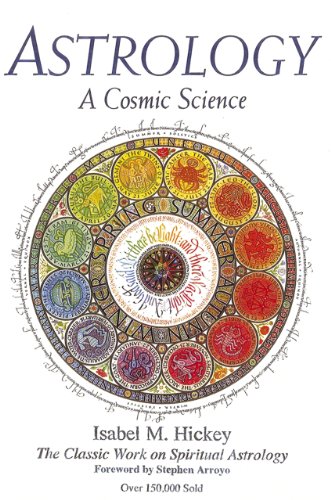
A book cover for Astrology, A Cosmic Science: The Classic Work on Spiritual Astrology; Isabel M. Hickey; Religion & Spirituality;